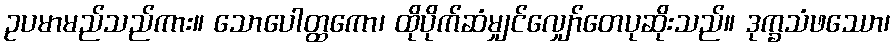
ဥပမာမည်သည်ကား။ သောပေါတ္ထကော၊ ထိုပိုက်ဆံမျှင်လျှော်တေပုဆိုးသည်။ ဒုက္ခသံဖဿော၊